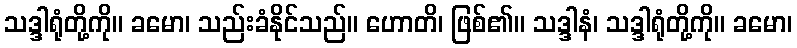
သဒ္ဒါရုံတို့ကို။ ခမော၊ သည်းခံနိုင်သည်။ ဟောတိ၊ ဖြစ်၏။ သဒ္ဒါနံ၊ သဒ္ဒါရုံတို့ကို။ ခမော၊